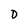
Character: D